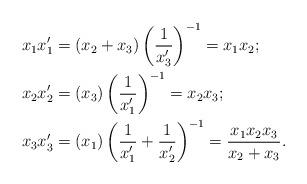
LaTeX: \begin{align*} x_1x_1'&=(x_2+x_3) \left(\frac1{x_3'}\right)^{-1}= x_1x_2;\\ x_2x_2'&=(x_3) \left(\frac1{x_1'}\right)^{-1}= x_2x_3;\\ x_3x_3'&=(x_1) \left(\frac1{x_1'}+\frac1{x_2'}\right)^{-1}= \frac{x_1x_2x_3}{x_2+x_3}.\\ \end{align*}